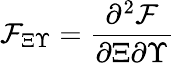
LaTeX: \mathcal{F}_{\Xi\Upsilon}=\frac{\partial^{2}\mathcal{F}}{\partial\Xi\partial\Upsilon}